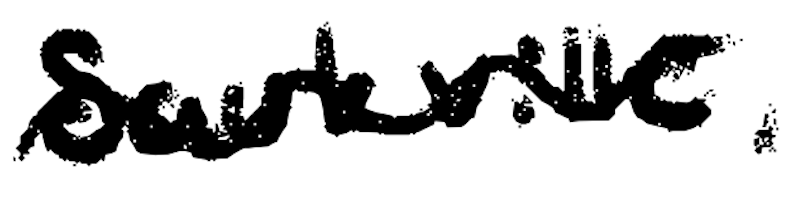
Text: Saukville,
Cross-out: mix
Writing tool: digital_black